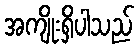
အကျိုးရှိပါသည်